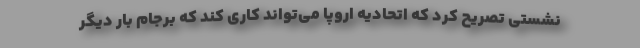
نشستی تصریح کرد که اتحادیه اروپا می‌تواند کاری کند که برجام بار دیگر